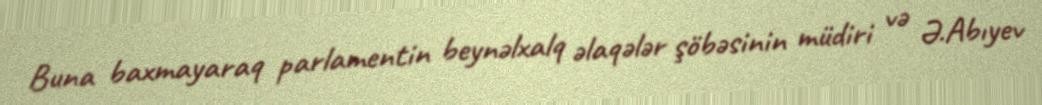
Buna baxmayaraq parlamentin beynəlxalq əlaqələr şöbəsinin müdiri və Ə.Abıyev